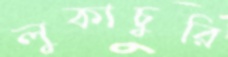
লুকাচুরি